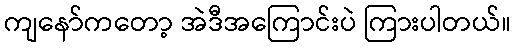
ကျနော်ကတော့ အဲဒီအကြောင်းပဲ ကြားပါတယ်။